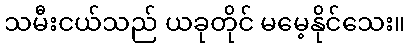
သမီးငယ်သည် ယခုတိုင် မမေ့နိုင်သေး။